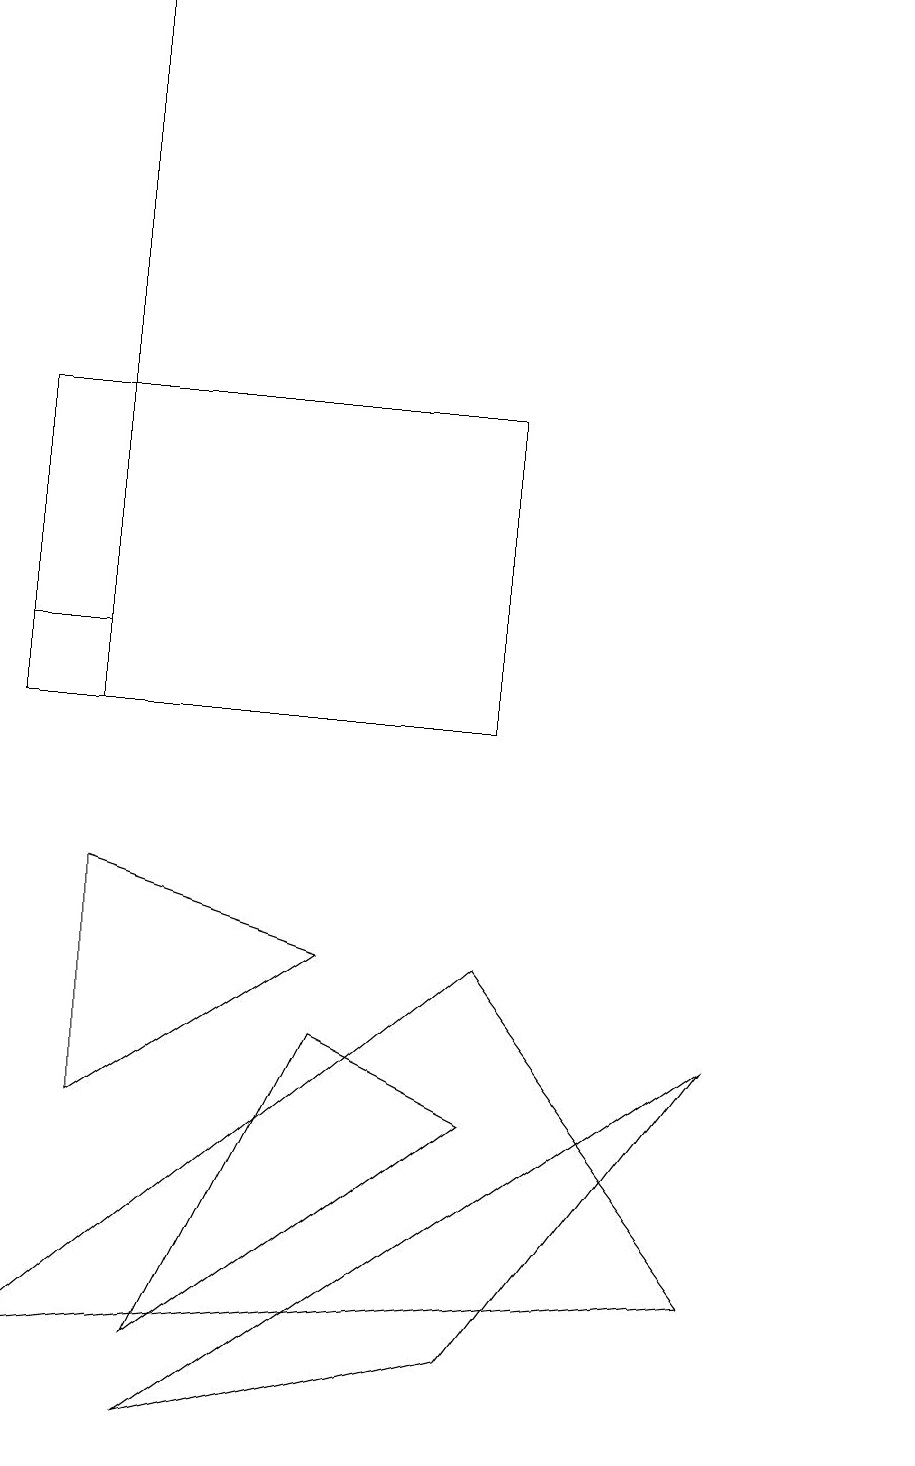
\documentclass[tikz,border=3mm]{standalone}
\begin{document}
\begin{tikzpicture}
\draw (0,11) rectangle (1,11);
\draw (6,10) rectangle (0,14);
\draw (1,10) rectangle (1,19);
\draw (6,7) -- (9,3) -- (0,2) -- cycle;
\draw (6,5) -- (4,6) -- (2,2) -- cycle;
\draw (2,1) -- (9,6) -- (6,2) -- cycle;
\draw (1,5) -- (4,7) -- (1,8) -- cycle;
\draw (11,10) circle (0);
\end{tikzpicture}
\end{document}